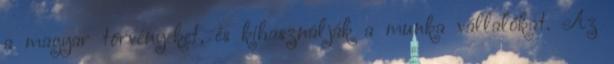
a magyar törvényeket, és kihasználják a munka vállalókat. Az